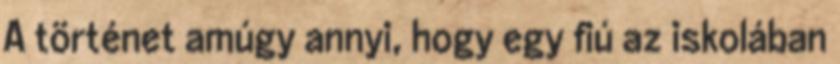
A történet amúgy annyi, hogy egy fiú az iskolában